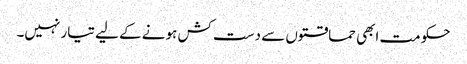
حکومت ابھی حماقتوں سے دست کش ہونے کے لیے تیار نہیں۔